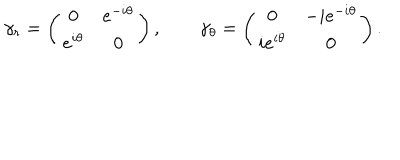
LaTeX: \gamma _ { r } = \left( \begin{array} { c c } { { 0 } } & { { e ^ { - i \theta } } } \\ { { e ^ { i \theta } } } & { { 0 } } \\ \end{array} \right) , \qquad \gamma _ { \theta } = \left( \begin{array} { c c } { { 0 } } & { { - i e ^ { - i \theta } } } \\ { { i e ^ { i \theta } } } & { { 0 } } \\ \end{array} \right) .